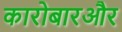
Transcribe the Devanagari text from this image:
कारोबारऔर